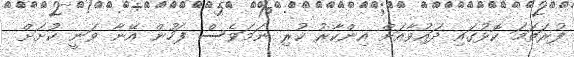
ފުރަތަމަ ކޮޅުގައި ދައުވާއަށް އިންކާރު ކުރި ނަމަވެސް ފަހުން އޭނާ ވަނީ ކުށަށް